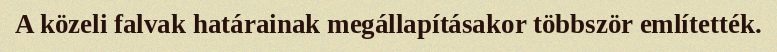
A közeli falvak határainak megállapításakor többször említették.